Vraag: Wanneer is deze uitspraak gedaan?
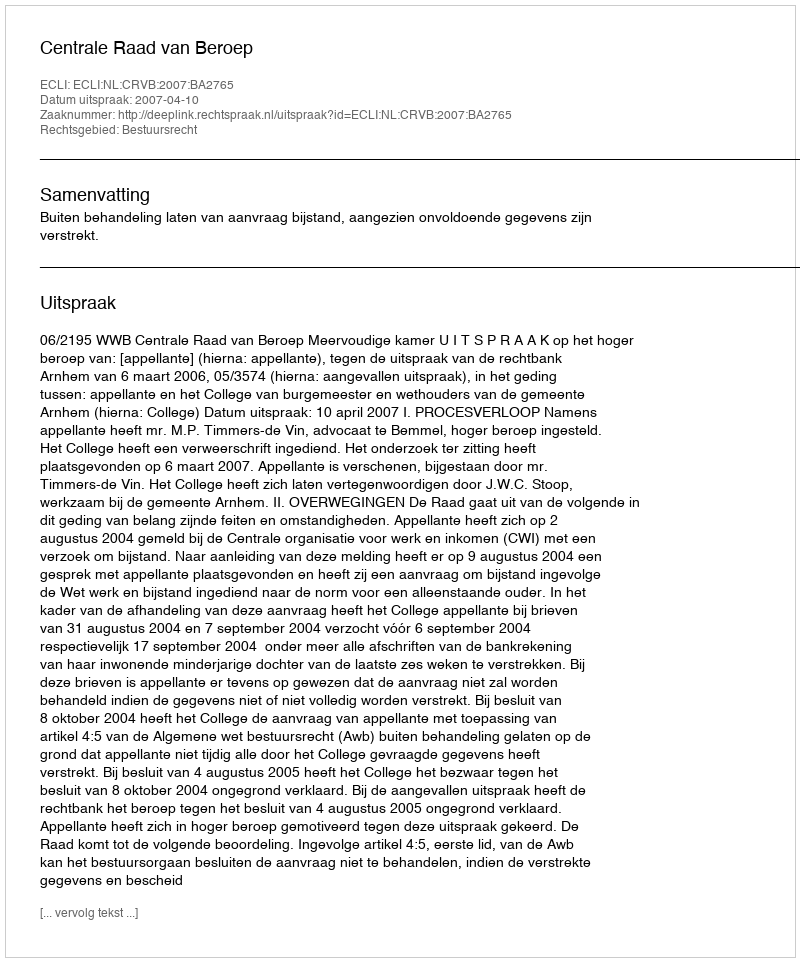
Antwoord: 2007-04-10